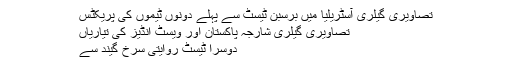
تصاویری گیلری آسٹریلیا میں برسبن ٹیسٹ سے پہلے دونوں ٹیموں کی پریکٹس
تصاویری گیلری شارجہ پاکستان اور ویسٹ انڈیز کی تیاریاں
دوسرا ٹیسٹ روایتی سرخ گیند سے